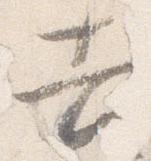
吉